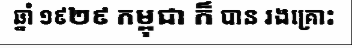
ឆ្នាំ ១៩២៩ កម្ពុជា ក៏ បាន រងគ្រោះ